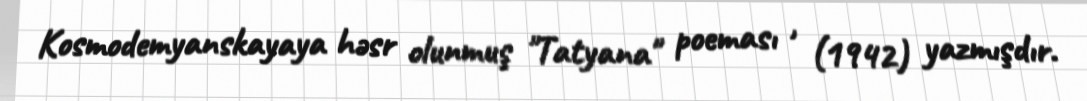
Kosmodemyanskayaya həsr olunmuş "Tatyana" poeması , (1942) yazmışdır.